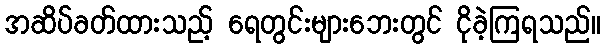
အဆိပ်ခတ်ထားသည့် ရေတွင်းများဘေးတွင် ငိုခဲ့ကြရသည်။